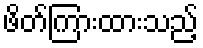
ဖိတ်ကြားထားသည့်